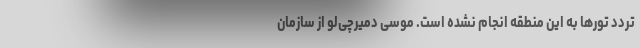
تردد تورها به این منطقه انجام نشده است. موسی دمیرچی‌لو از سازمان